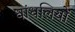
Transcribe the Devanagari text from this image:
धांधलियों